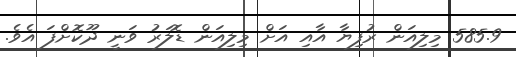
585.9 މިލިއަން ރުފިޔާ އާއި އަށް މިލިއަން ޑޮލަރު ވަނީ ދޫކޮށްފަ އެވެ.